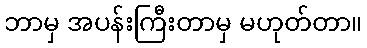
ဘာမှ အပန်းကြီးတာမှ မဟုတ်တာ။